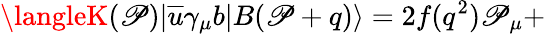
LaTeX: \langleK(\mathscr{P})|\overline{{{{u}}}}\gamma_{\mu}b|B(\mathscr{P}+q)\rangle=2f(q^{2})\mathscr{P}_{\mu}+